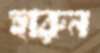
হারুন